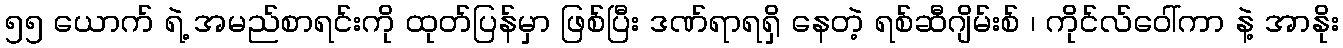
၅၅ ယောက် ရဲ့ အမည်စာရင်းကို ထုတ်ပြန်မှာ ဖြစ်ပြီး ဒဏ်ရာရရှိ နေတဲ့ ရစ်ဆီဂျိမ်းစ် ၊ ကိုင်လ်ဝေါ်ကာ နဲ့ အာနိုး